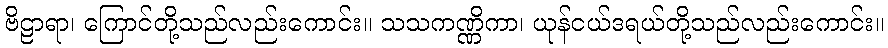
ဗိဠာရာ၊ ကြောင်တို့သည်လည်းကောင်း။ သသကဏ္ဏိကာ၊ ယုန်ငယ်ဒရယ်တို့သည်လည်းကောင်း။